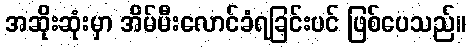
အဆိုးဆုံးမှာ အိမ်မီးလောင်ခံရခြင်းပင် ဖြစ်ပေသည်။